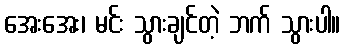
အေးအေး၊ မင်း သွားချင်တဲ့ ဘက် သွားပါ။